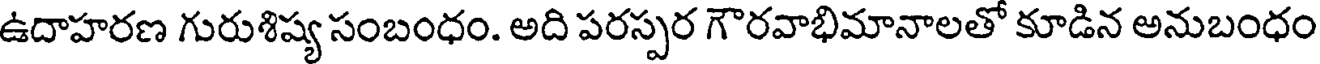
ఉదాహరణ గురుశిష్య సంబంధం. అది పరస్పర గౌరవాభిమానాలతో కూడిన అనుబంధం